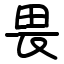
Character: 畏